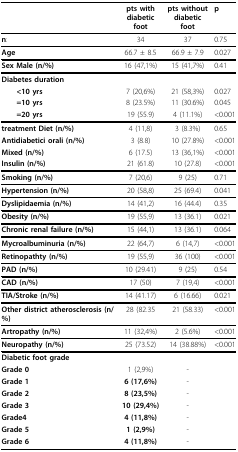
<table><thead><tr><td></td><td><b>pts withdiabetic foot</b></td><td><b>pts withoutdiabetic foot</b></td><td><b>p</b></td></tr></thead><tbody><tr><td><b>n</b>:</td><td>34</td><td>37</td><td>0.75</td></tr><tr><td><b>Age</b></td><td>66.7 ± 8.5</td><td>66.9 ± 7.9</td><td>0.027</td></tr><tr><td><b>Sex Male (n/%)</b></td><td>16 (47,1%)</td><td>15 (41,7%)</td><td>0.41</td></tr><tr><td><b>Diabetes duration</b></td><td></td><td></td><td></td></tr><tr><td> <b>&lt;10 yrs</b></td><td>7 (20,6%)</td><td>21 (58,3%)</td><td>0.027</td></tr><tr><td> <b>=10 yrs</b></td><td>8 (23.5%)</td><td>11 (30.6%)</td><td>0.045</td></tr><tr><td> <b>=20 yrs</b></td><td>19 (55.9)</td><td>4 (11.1%)</td><td>&lt;0.001</td></tr><tr><td><b>treatment Diet (n/%)</b></td><td>4 (11,8)</td><td>3 (8.3%)</td><td>0.65</td></tr><tr><td><b>Antidiabetici orali (n/%)</b></td><td>3 (8.8)</td><td>10 (27.8%)</td><td>&lt;0.001</td></tr><tr><td><b>Mixed (n/%)</b></td><td>6 (17.5)</td><td>13 (36,1%)</td><td>&lt;0.001</td></tr><tr><td><b>Insulin (n/%)</b></td><td>21 (61.8)</td><td>10 (27.8)</td><td>&lt;0.001</td></tr><tr><td><b>Smoking (n/%)</b></td><td>7 (20,6)</td><td>9 (25)</td><td>0.71</td></tr><tr><td><b>Hypertension (n/%)</b></td><td>20 (58,8)</td><td>25 (69.4)</td><td>0.041</td></tr><tr><td><b>Dyslipidaemia (n/%)</b></td><td>14 (41,2)</td><td>16 (44.4)</td><td>0.35</td></tr><tr><td><b>Obesity (n/%)</b></td><td>19 (55,9)</td><td>13 (36.1)</td><td>0.021</td></tr><tr><td><b>Chronic renal failure (n/%)</b></td><td>15 (44,1)</td><td>13 (36.1)</td><td>0.064</td></tr><tr><td><b>Mycroalbuminuria (n/%)</b></td><td>22 (64,7)</td><td>6 (14,7)</td><td>&lt;0.001</td></tr><tr><td><b>Retinopathty (n/%)</b></td><td>19 (55,9)</td><td>36 (100)</td><td>&lt;0.001</td></tr><tr><td><b>PAD (n/%)</b></td><td>10 (29.41)</td><td>9 (25)</td><td>0.54</td></tr><tr><td><b>CAD (n/%)</b></td><td>17 (50)</td><td>7 (19,4)</td><td>&lt;0.001</td></tr><tr><td><b>TIA/Stroke (n/%)</b></td><td>14 (41.17)</td><td>6 (16.66)</td><td>0.021</td></tr><tr><td><b>Other district atherosclerosis (n/%)</b></td><td>28 (82.35</td><td>21 (58.33)</td><td>&lt;0.001</td></tr><tr><td><b>Artropathy (n/%)</b></td><td>11 (32,4%)</td><td>2 (5.6%)</td><td>&lt;0.001</td></tr><tr><td><b>Neuropathy (n/%)</b></td><td>25 (73.52)</td><td>14 (38.88%)</td><td>&lt;0.001</td></tr><tr><td><b>Diabetic foot grade</b></td><td></td><td></td><td></td></tr><tr><td><b>Grade 0</b></td><td>1 (2,9%)</td><td>-</td><td></td></tr><tr><td><b>Grade 1</b></td><td><b>6 (17,6%)</b></td><td>-</td><td></td></tr><tr><td><b>Grade 2</b></td><td><b>8 (23,5%)</b></td><td>-</td><td></td></tr><tr><td><b>Grade 3</b></td><td><b>10 (29,4%)</b></td><td>-</td><td></td></tr><tr><td><b>Grade4</b></td><td><b>4 (11,8%)</b></td><td>-</td><td></td></tr><tr><td><b>Grade 5</b></td><td><b>1 (2,9%)</b></td><td>-</td><td></td></tr><tr><td><b>Grade 6</b></td><td><b>4 (11,8%)</b></td><td>-</td><td></td></tr></tbody></table>